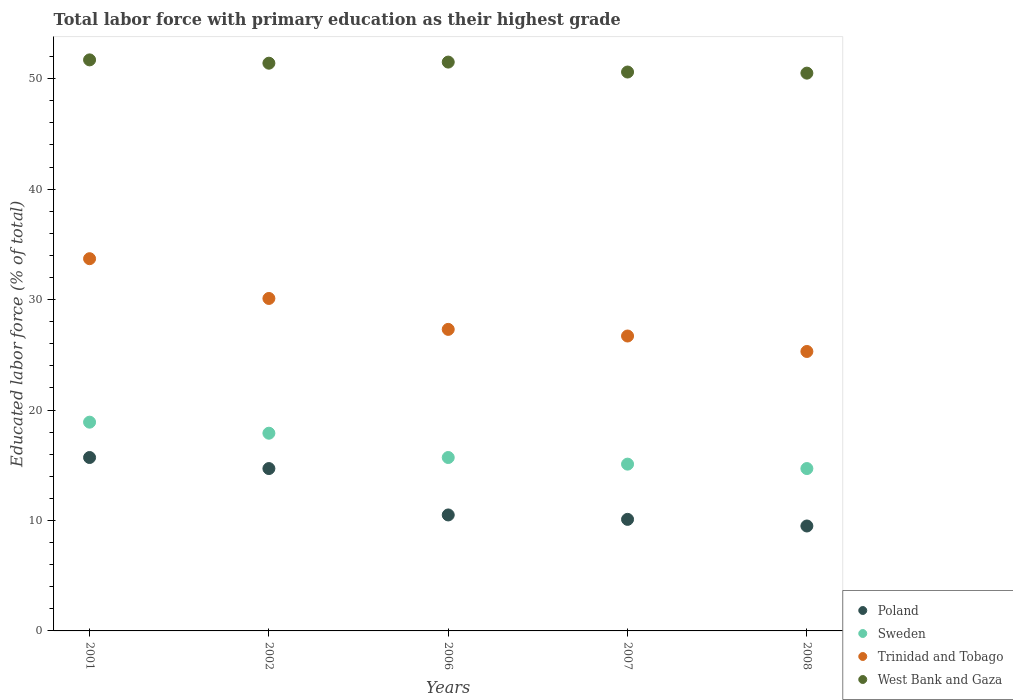
| Years | Poland | Sweden | Trinidad and Tobago | West Bank and Gaza |
 | --- | --- | --- | --- | --- |
 | 2001 | 15.7 | 18.9 | 33.7 | 51.7 |
 | 2002 | 14.7 | 17.9 | 30.1 | 51.4 |
 | 2006 | 10.5 | 15.7 | 27.3 | 51.5 |
 | 2007 | 10.1 | 15.1 | 26.7 | 50.6 |
 | 2008 | 9.5 | 14.7 | 25.3 | 50.5 |